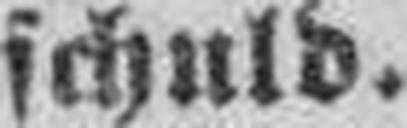
schuld.